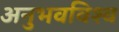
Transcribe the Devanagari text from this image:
अनुभवविश्‍व